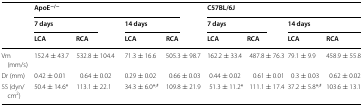
<table><thead><tr><td rowspan="3"></td><td colspan="4"><b>ApoE<sup>−/−</sup></b></td><td colspan="4"><b>C57BL/6J</b></td></tr><tr><td colspan="2"><b>7 days</b></td><td colspan="2"><b>14 days</b></td><td colspan="2"><b>7 days</b></td><td colspan="2"><b>14 days</b></td></tr><tr><td><b>LCA</b></td><td><b>RCA</b></td><td><b>LCA</b></td><td><b>RCA</b></td><td><b>LCA</b></td><td><b>RCA</b></td><td><b>LCA</b></td><td><b>RCA</b></td></tr></thead><tbody><tr><td>Vm (mm/s)</td><td>152.4 ± 43.7</td><td>532.8 ± 104.4</td><td>71.3 ± 16.6</td><td>505.3 ± 98.7</td><td>162.2 ± 33.4</td><td>487.8 ± 76.3</td><td>79.1 ± 9.9</td><td>458.9 ± 55.8</td></tr><tr><td>Dr (mm)</td><td>0.42 ± 0.01</td><td>0.64 ± 0.02</td><td>0.29 ± 0.02</td><td>0.66 ± 0.03</td><td>0.44 ± 0.02</td><td>0.61 ± 0.01</td><td>0.3 ± 0.03</td><td>0.62 ± 0.02</td></tr><tr><td>SS (dyn/cm<sup>2</sup>)</td><td>50.4 ± 14.6*</td><td>113.1 ± 22.1</td><td>34.3 ± 6.0*<sup>,#</sup></td><td>109.8 ± 21.9</td><td>51.3 ± 11.2*</td><td>111.1 ± 17.4</td><td>37.2 ± 5.8*<sup>,#</sup></td><td>103.6 ± 13.1</td></tr></tbody></table>